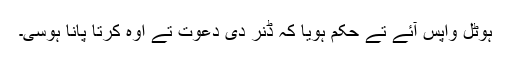
ہوٹل واپس آئے تے حکم ہویا کہ ڈنر دی دعوت تے اوہ کُرتا پانا ہوسی۔